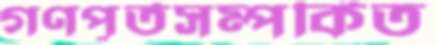
গণপূর্তসম্পর্কিত